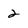
Character: 2